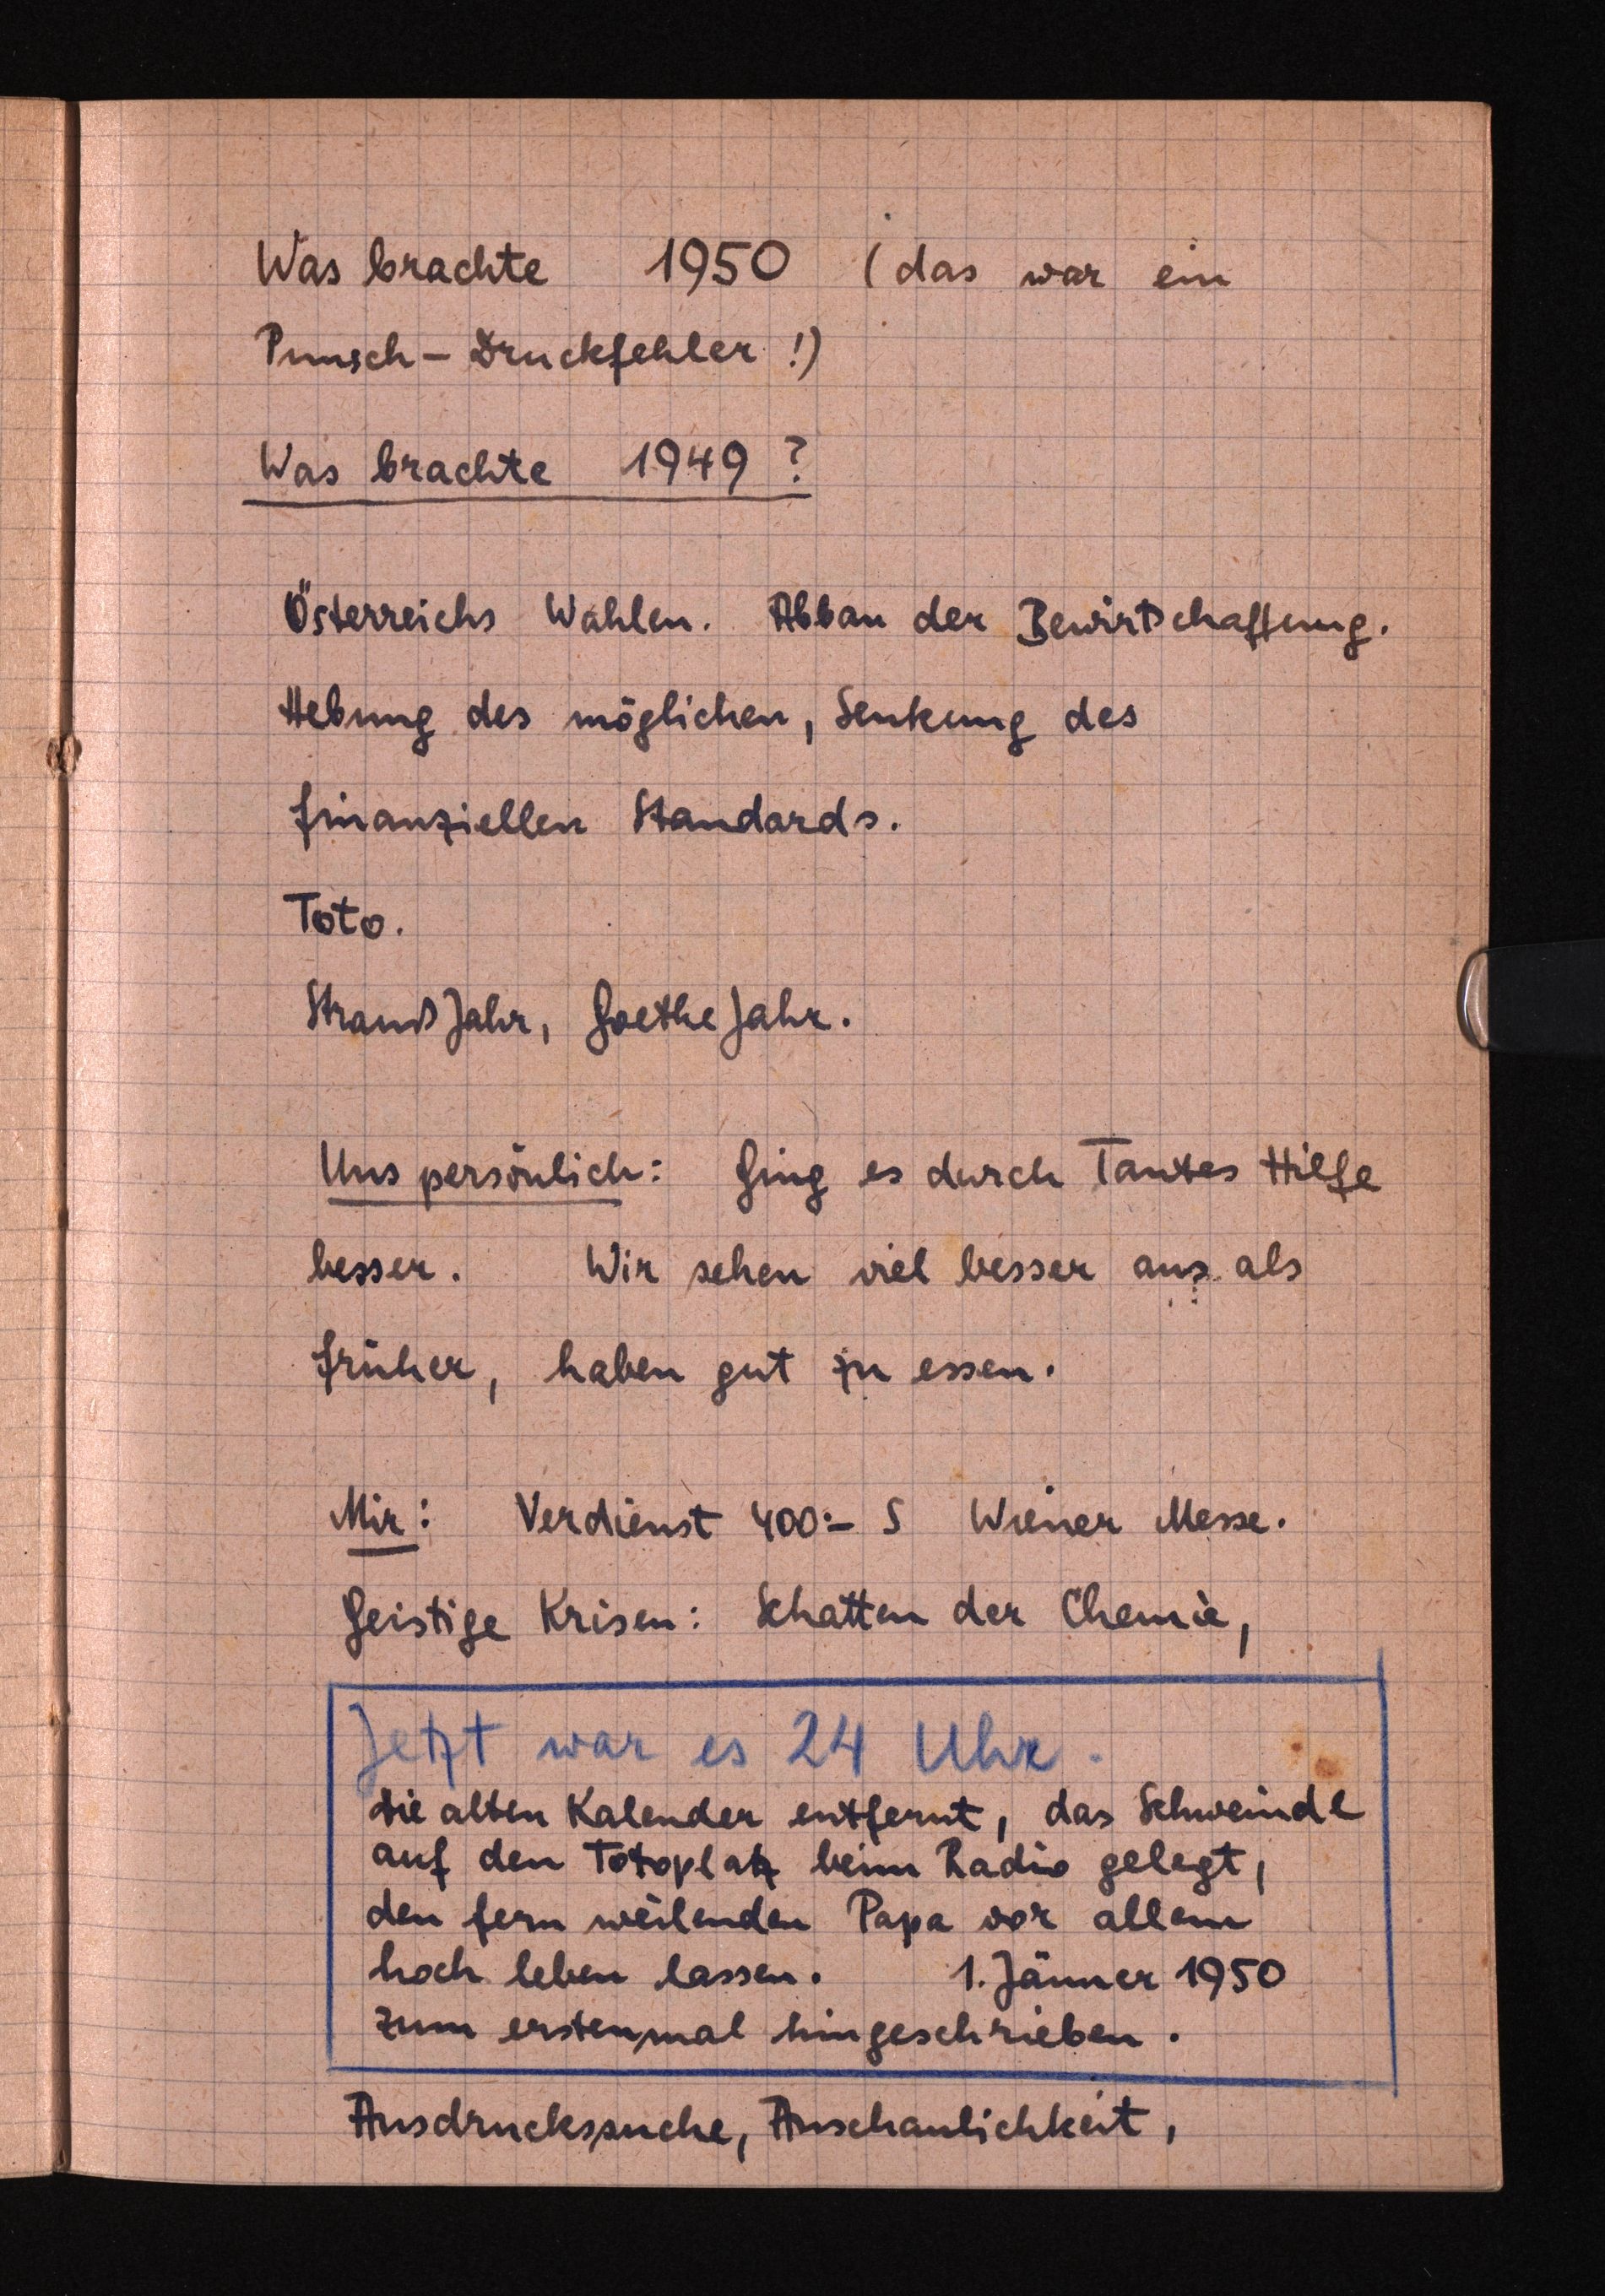
Was brachte 1950 (das war ein
Punsch-Druckfehler!)
Was brachte 1949?
Österreichs Wahlen. Abbau der Bewirtschaftung.
Hebung des möglichen, Senkungdes
finanziellen Standards.
Toto.
Strauß Jahr, Goethe Jahr.
Uns persönlich: Ging es durch Tantes Hilfe
besser.Wir sehen viel besser aus als
früher, haben gut zu essen.
Mir: Verdienst 400.- S Wiener Messe.
GeistigeKrisen: Schatten der Chemie,
Jetzt war es 24 Uhr.
 Die alten Kalender entfernt, das Schweindl
auf den Totoplatz beimRadio gelegt,
den fern weilenden Papa vor allem
lassen. 1. Jänner 1950
zum erstenmal hingeschrieben.
Ausdruckssuche, Anschaulichkeit,